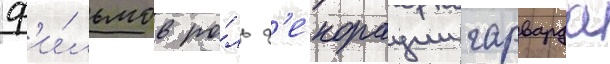
ф'и́льмов ро́ль д'екорации гарварда